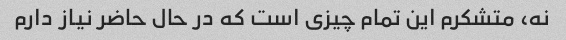
نه، متشکرم این تمام چیزی است که در حال حاضر نیاز دارم